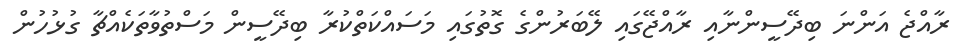
ރާއްޖެ އަންނަ ބިދޭސީންނާއި ރާއްޖޭގައި ލޭބަރުންގެ ގޮތުގައި މަސައްކަތްކުރާ ބިދޭސީން މަސްތުވާތަކެއްޗާ ގުޅުހުން